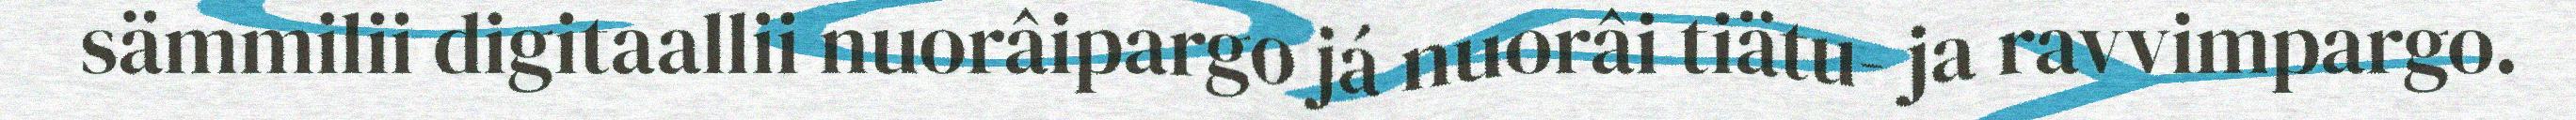
sämmilii digitaallii nuorâipargo já nuorâi tiätu- ja ravvimpargo.